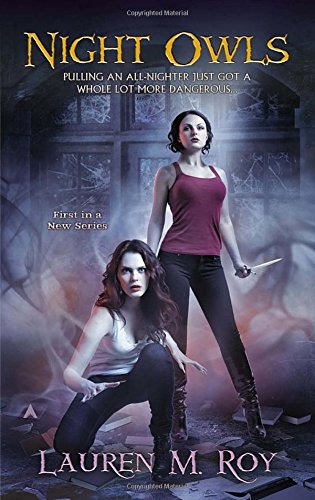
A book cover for Night Owls; Lauren M. Roy; Science Fiction & Fantasy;